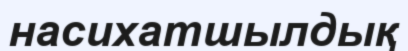
насихатшылдық